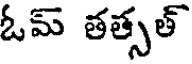
ఓమ్ తత్సత్